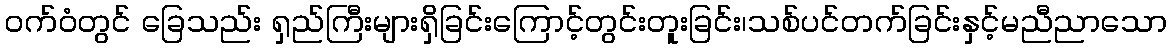
ဝက်ဝံတွင် ခြေသည်း ရှည်ကြီးများရှိခြင်းကြောင့်တွင်းတူးခြင်း၊သစ်ပင်တက်ခြင်းနှင့်မညီညာသော